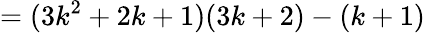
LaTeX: =(3k^{2}+2k+1)(3k+2)-(k+1)